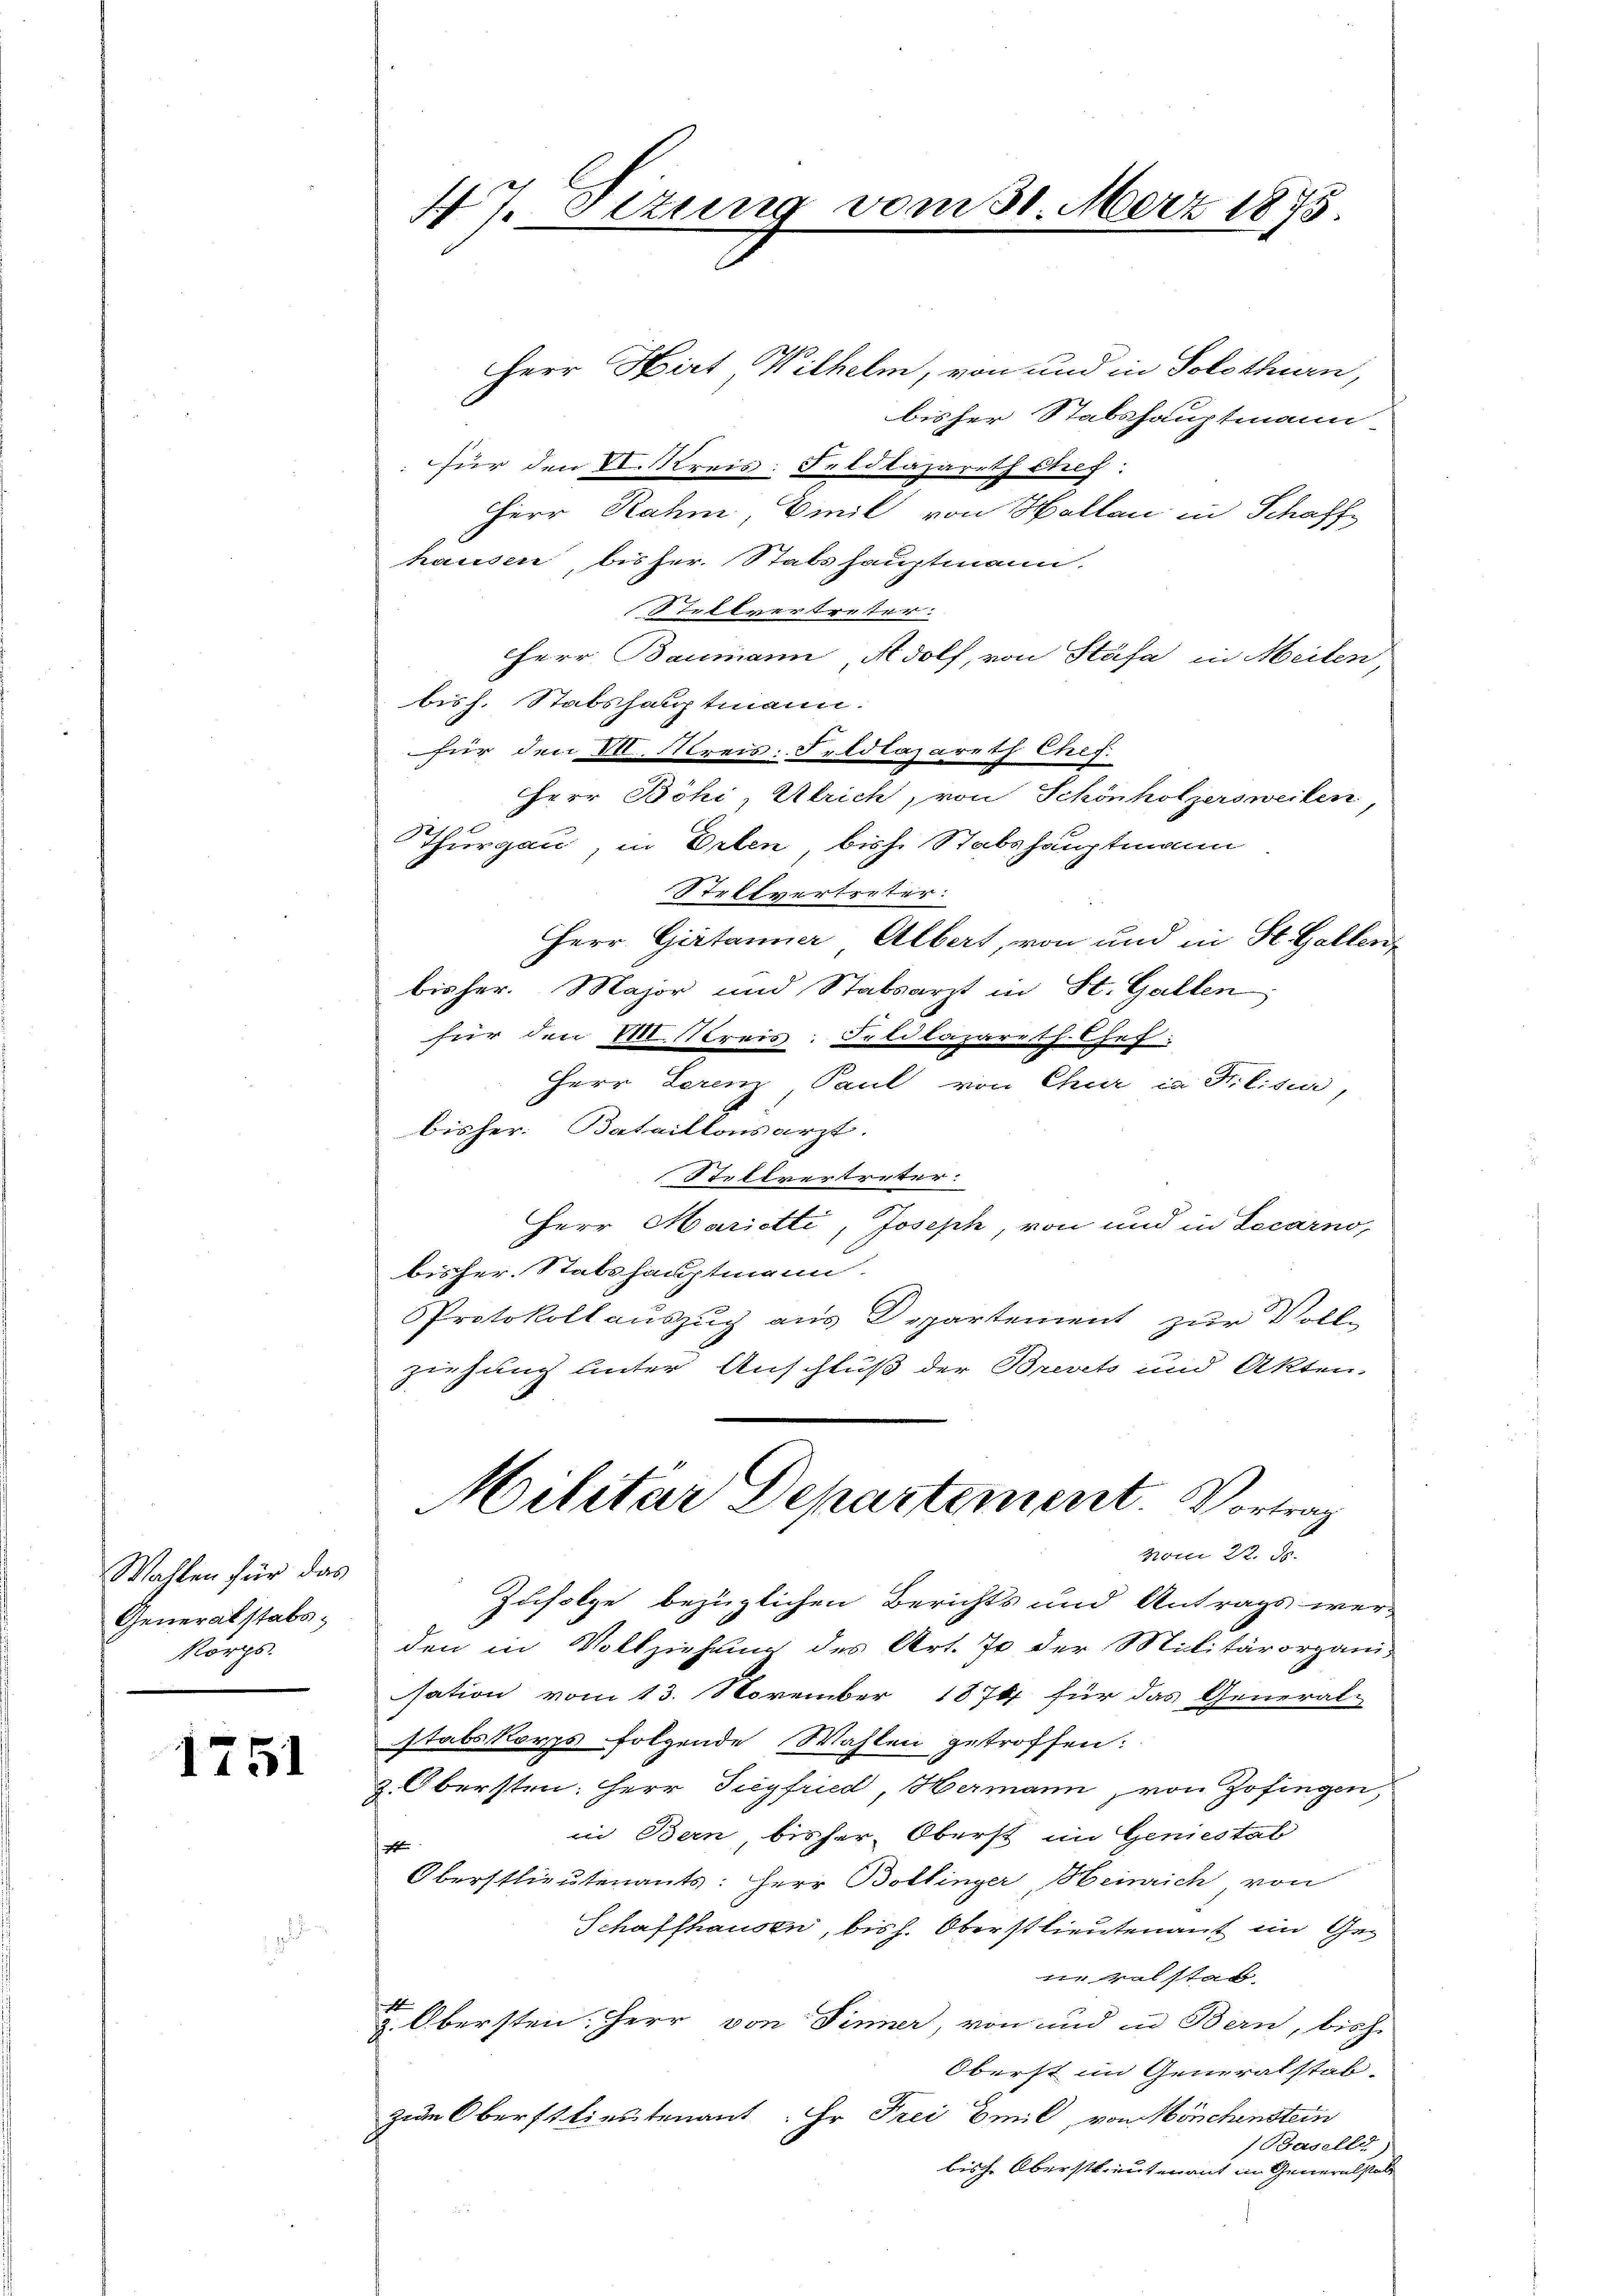
Wahlen für das
Generalstabs¬
Korps.

1751

4 J. Sitzung vom 31. März 1875

Herr Hirt Wilhelm, von und in Solothurn,
bisher Stabshauptmann
für den N. Kreis: Feldlazareth Stef:
Herr Rahm, Emil von Hallau in Schaff
hausen, bis her. Stabshauptmann.
Stellvertretter.
Herr Baumann Adolf, von Stäfa in Meilen,
bish. Stabshauptmann:
für den M. Kreis: Feldlazareth Chef.
Herr Böhi, Ulrich, von Schönholzersweilen
Thurgau, in Erlen, bish. Stabshauptmann
Stellvertreter:
Herr Girtanner Albert, von und in St. Gallen,
bisher. Major und Stabsarzt in St. Gallen
für den M. Kreis: Feldlazareth. Chef.
Herr Lerenz, Paul von Chur in Kilisie,
bisher: Bataillonsarzt.
Stellvertreter.
Herr Marietti, Joseph, von und in Locarno,
bisher. Stabshauptmann.
PProtokoll auszug aus Departement zur Voll-
ziehung unter Anschluß der Brevets und Akten.
Militar Departement. Vortrag
vom 22. 95.
Zufolge bezüglichen Berichts und Antrags wer-
den in Vollziehung des Art. 70 der Militärorgani-
sation vom 13. November 1874 für das General-
stabskorps folgende Wahlen getroffen:
z. Obersten: Herr Siegfried, Hermann von Zofingen,
in Bern bisher Oberst im Geniestal
1
Oberstlieutenants: Herr Bollinger, Heinrich von
Schaffhausen, bis h. Oberstlieutenauf im Gei Mal stat
 Obersten. Herr von Sinner, von und in Bern, bish
Oberst im Generalstab
zum Oberstlieutenant: Hr. Frei Emil, von Mönchenstein
) Baselld
bische Oberstreutenant im Generalstalt